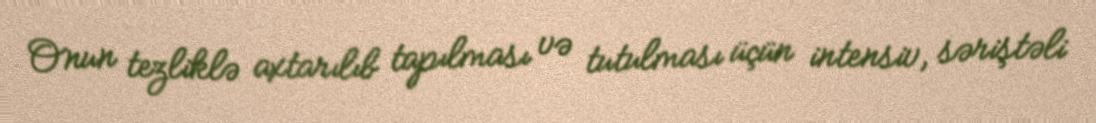
Onun tezliklə axtarılıb tapılması və tutulması üçün intensiv, səriştəli